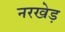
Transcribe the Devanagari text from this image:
नरखेड़